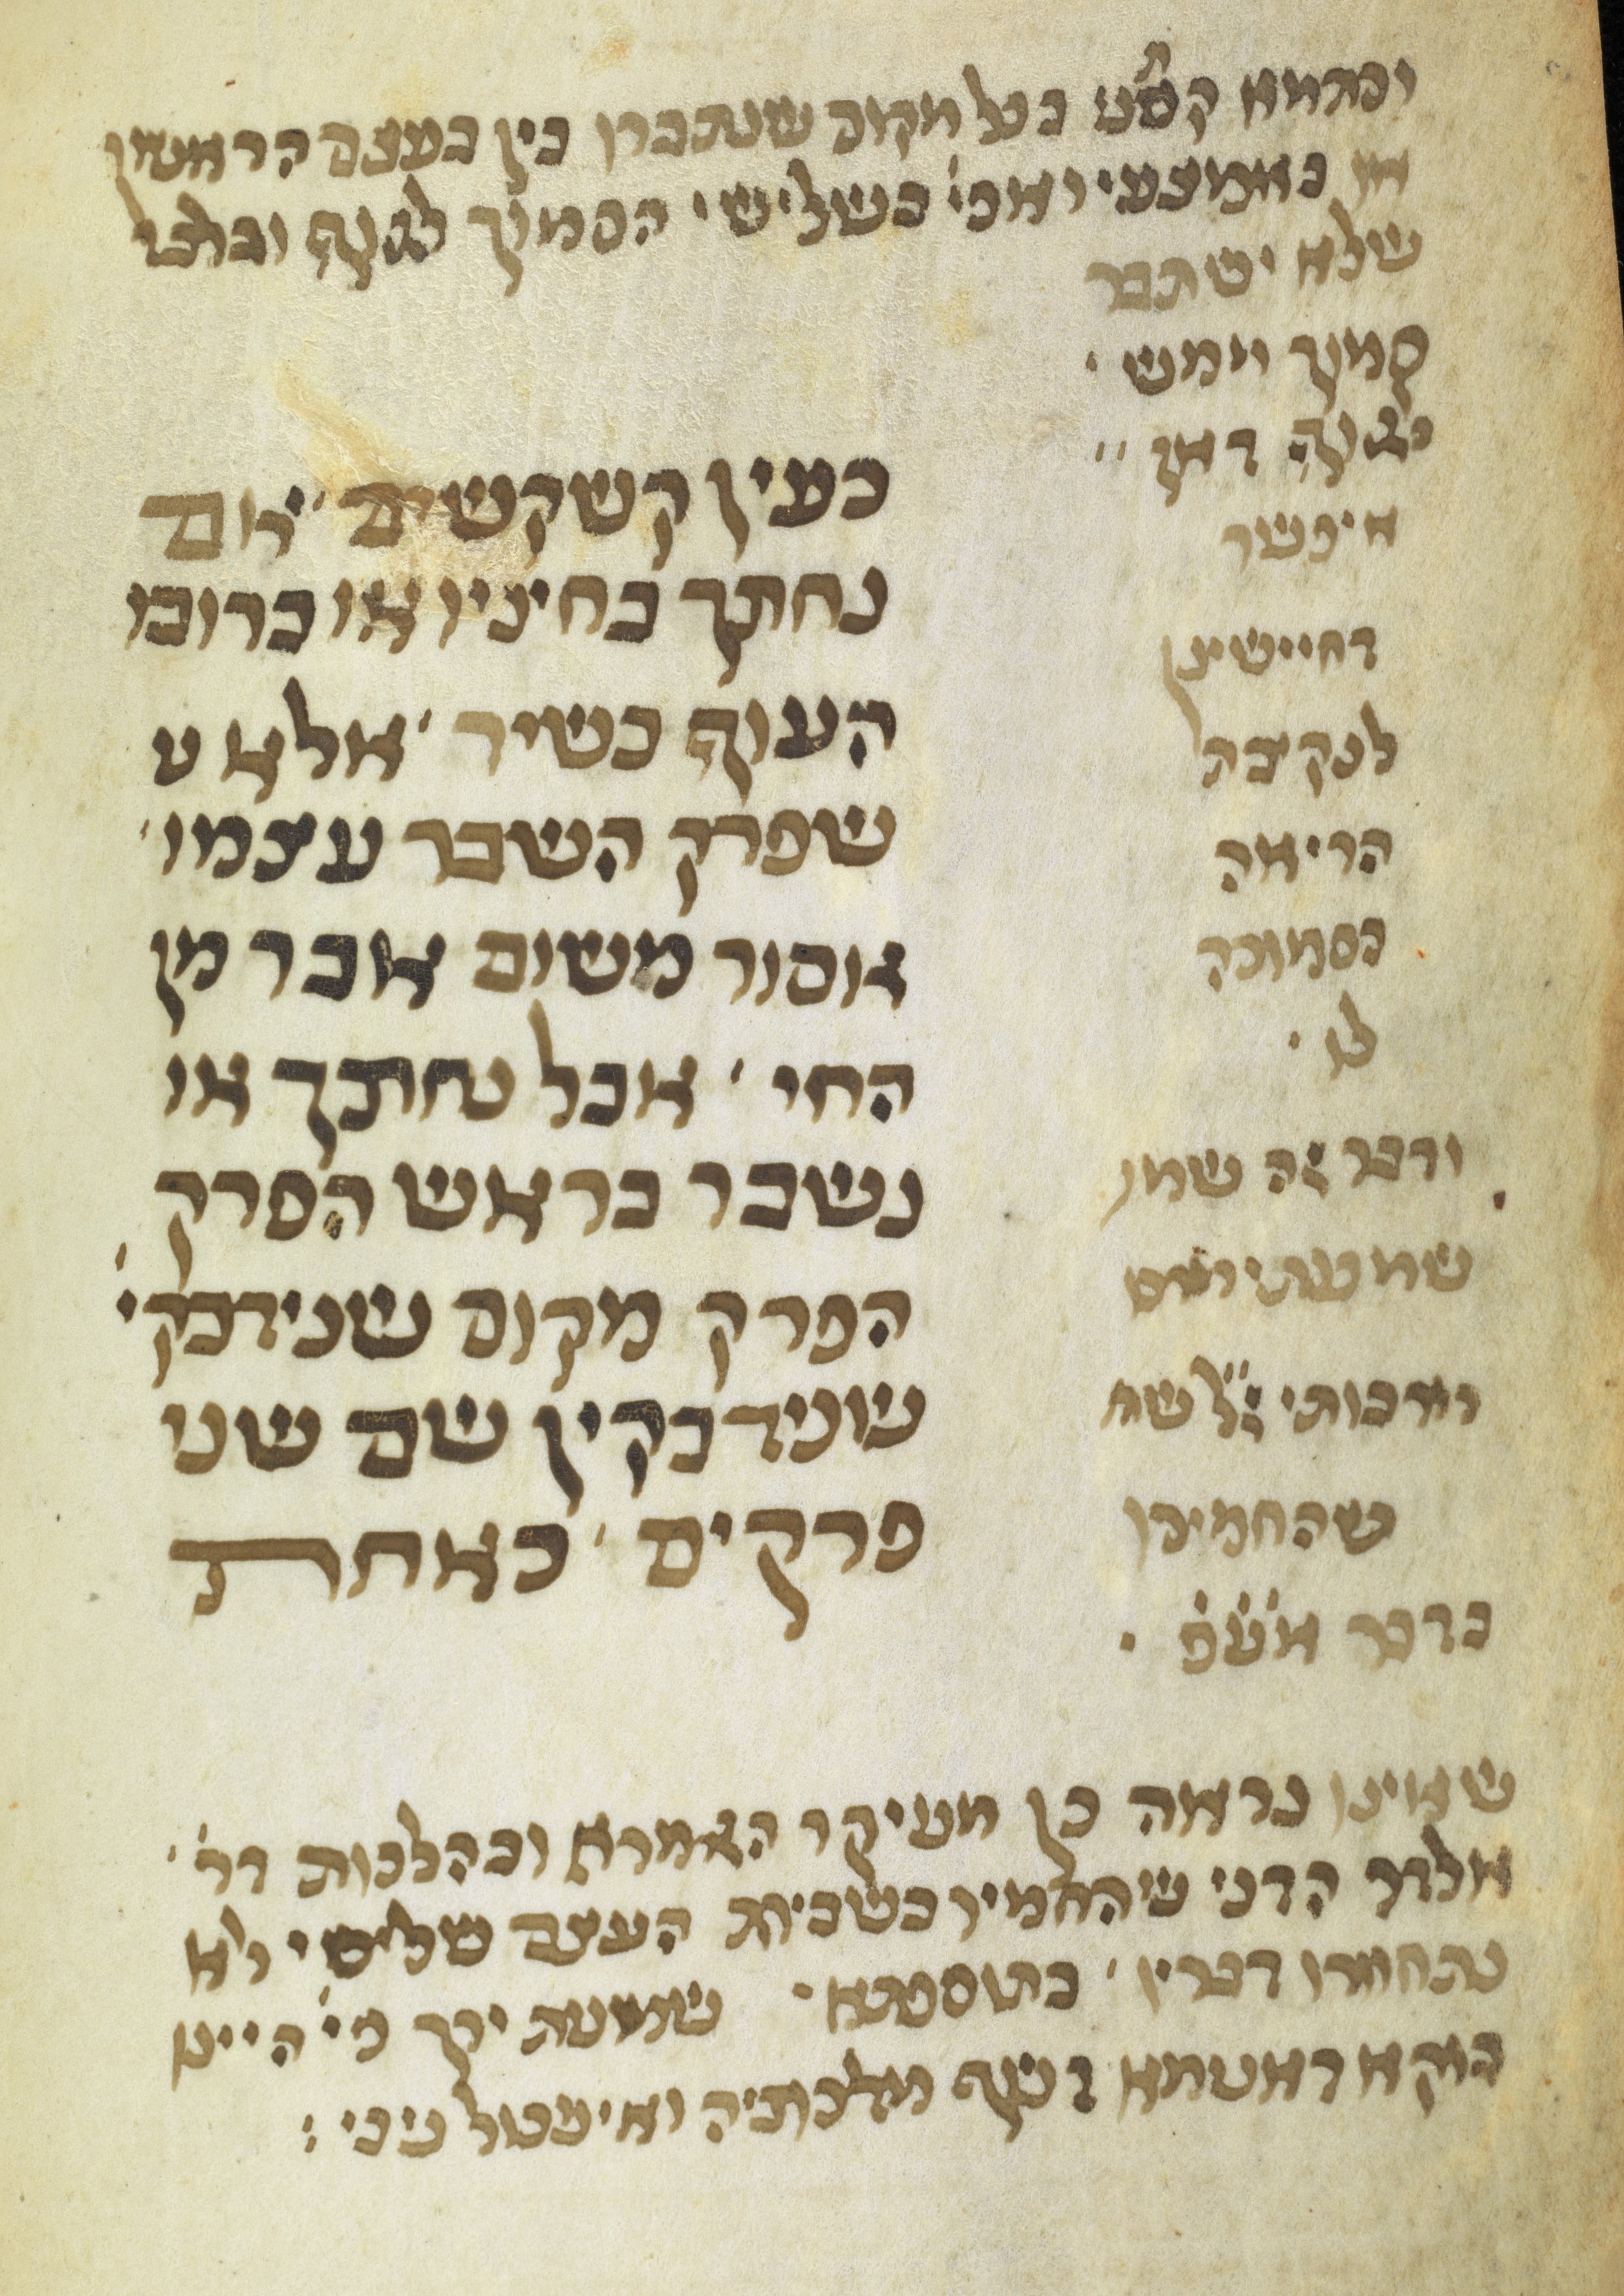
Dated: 1300–1399